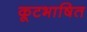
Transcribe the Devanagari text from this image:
कूटभाषित